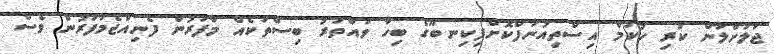
ޖަލަށްލާން ކުރި ހުކުމް އިސްތިއުނާފްކޮށްފިކިނބޫގެ ބިހާ ވައްތަރު ބިސްތަކެއް މާފަރުން ފެނިއްޖެމާފަރުން ވެސް